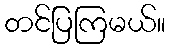
တင်ပြကြမယ်။